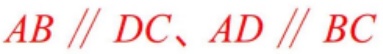
$AB \parallel DC、AD \parallel BC$